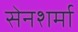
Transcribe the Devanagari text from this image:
सेनशर्मा